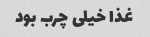
غذا خیلی چرب بود